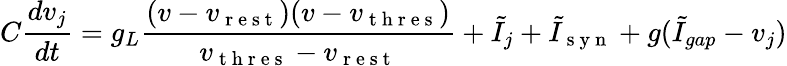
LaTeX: C\frac{dv_{j}}{dt}=g_{L}\frac{(v-v_{\mathrm{~r~e~s~t~}})(v-v_{\mathrm{~t~h~r~e~s~}})}{v_{\mathrm{~t~h~r~e~s~}}-v_{\mathrm{~r~e~s~t~}}}+\tilde{I}_{j}+\tilde{I}_{\mathrm{~s~y~n~}}+g(\tilde{I}_{gap}-v_{j})